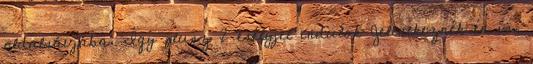
oldalsávjába: Így plusz 2 esélyjel indulok Jelentkeznék én is,